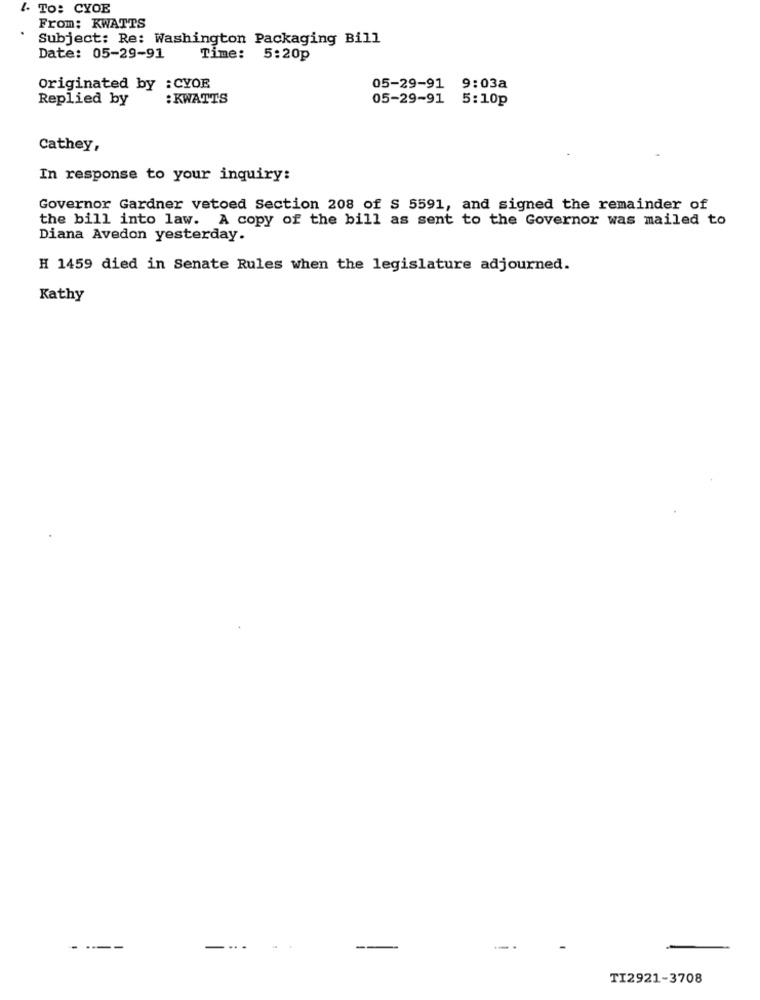
L. To: CYOE
From: KWATTS
Subject: Re: Washington Packaging Bill
Date: 05-29-91
Time: 5:20p
Originated by : CYOE
05-29-91 9:03a
Replied by
: KWATTS
05-29-91 5:10p
Cathey,
In response to your inquiry:
Governor Gardner vetoed Section 208 of S 5591, and signed the remainder of
the bill into law. A copy of the bill as sent to the Governor was mailed to
Diana Avedon yesterday.
H 1459 died in Senate Rules when the legislature adjourned.
Kathy
----
TI2921-3708